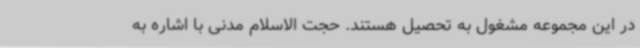
در این مجموعه مشغول به تحصیل هستند. حجت الاسلام مدنی با اشاره به